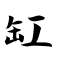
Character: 缸